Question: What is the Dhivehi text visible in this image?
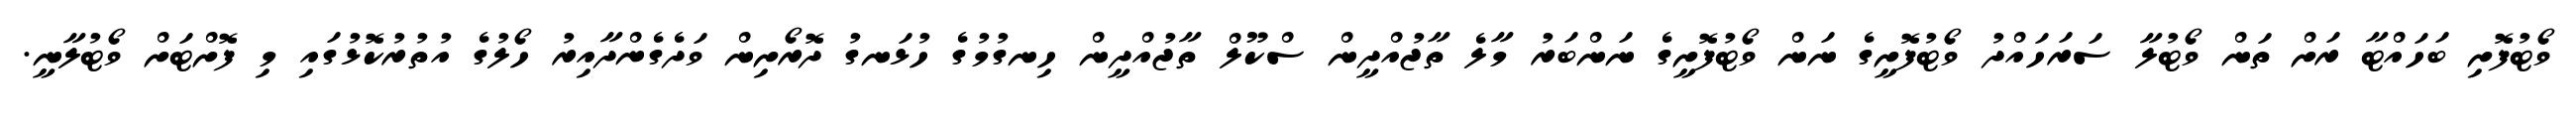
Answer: ވޯޓުފޮށި ބަހައްޓާ ރަށް ތަން ވޯޓުލާ ސަރަހައްދު ވޯޓުފޮށީގެ ނަން ވޯޓުފޮށީގެ ނަންބަރު މާލެ ތާޖުއްދީން ސްކޫލް ތާޖުއްދީން ހިނގުމުގެ ހުޅަނގު ދޮރޯށިން ވަދެގެންދާއިރު ހޯލުގެ އުތުރުކޮޅުގައި މި ފޮށްޓަށް ވޯޓުލާނީ.